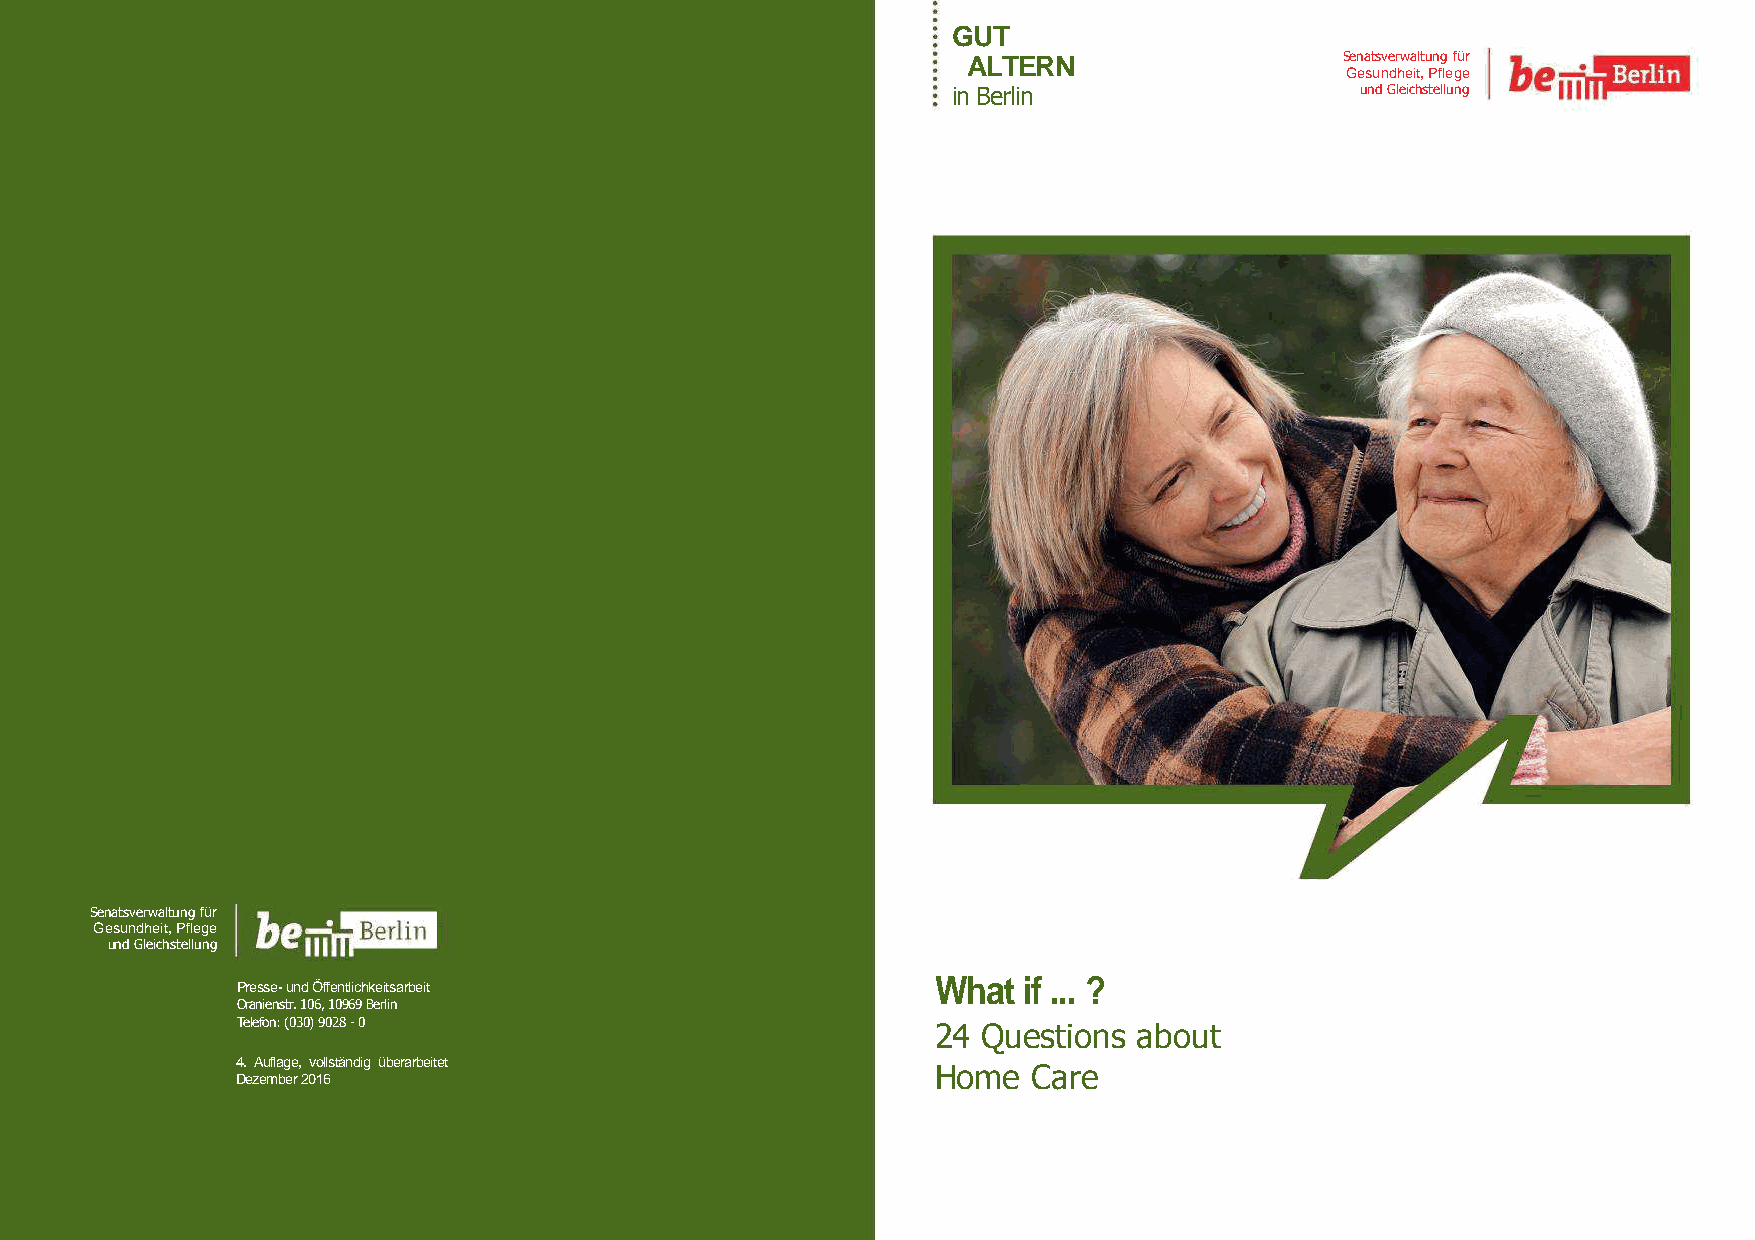
GUT
 ALTERN                   Senatsverwaltung für
 Gesundheit, Pflege
 in Berlin                  und Gleichstellung
 Senatsverwaltung für
 Gesundheit, Pflege
 und Gleichstellung
 What  if ... ?
 Presse- und Öffentlichkeitsarbeit
 Oranienstr. 106, 10969 Berlin
 Telefon: (030) 9028 - 0                       24 Questions about
 4. Auflage, vollständig überarbeitet
 Home  Care
 Dezember 2016